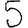
Digit: 5